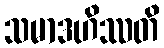
သမာဒဟိဿတိ